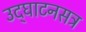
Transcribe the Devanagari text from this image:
उद्‍घाटनसत्र